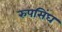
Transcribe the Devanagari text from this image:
रुपसिंघ